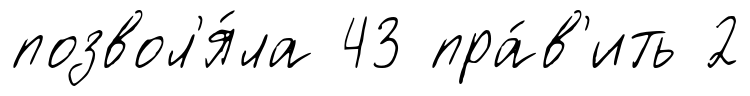
позвол'я́ла 43 пра́в'ить 2